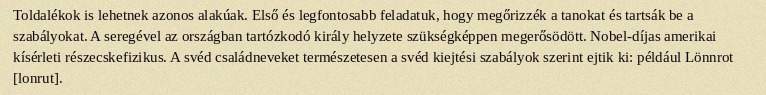
Toldalékok is lehetnek azonos alakúak. Első és legfontosabb feladatuk, hogy megőrizzék a tanokat és tartsák be a szabályokat. A seregével az országban tartózkodó király helyzete szükségképpen megerősödött. Nobel-díjas amerikai kísérleti részecskefizikus. A svéd családneveket természetesen a svéd kiejtési szabályok szerint ejtik ki: például Lönnrot [lonrut].